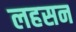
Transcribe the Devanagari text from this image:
लहसन